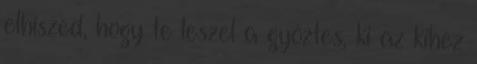
elhiszed, hogy te leszel a győztes, ki az kihez